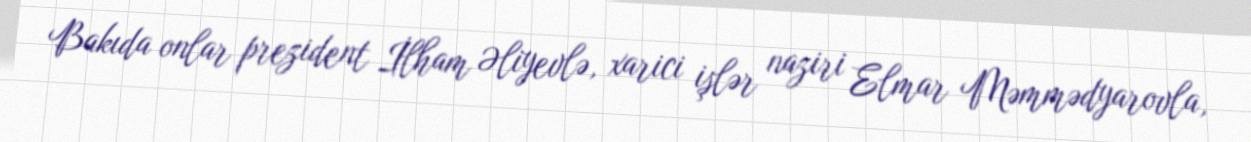
Bakıda onlar prezident İlham Əliyevlə, xarici işlər naziri Elmar Məmmədyarovla,